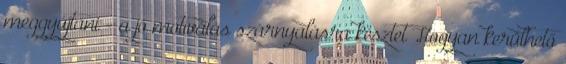
meggyújtani - a jó motiválás szárnyalásra késztet Hogyan kerülhető